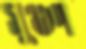
সুগুণ